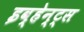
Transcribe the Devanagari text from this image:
इव्हेन्ट्‌स